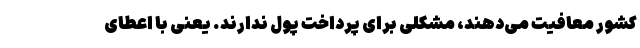
کشور معافیت می‌دهند، مشکلی برای پرداخت پول ندارند. یعنی با اعطای